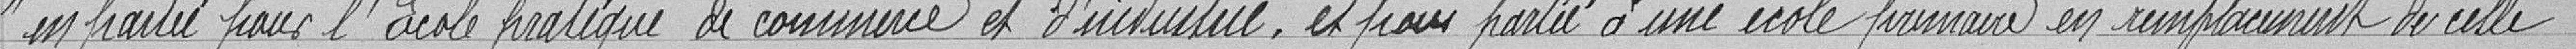
en partie pour l’École pratique de commerce et d'industrie, et pour partie à une école primaire en remplacement de celle